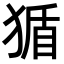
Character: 𪻂